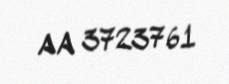
AA 3723761